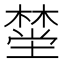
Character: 𪳯